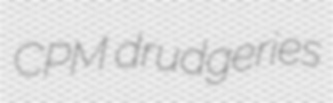
CPM drudgeries